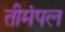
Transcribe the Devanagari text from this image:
तीमंपल